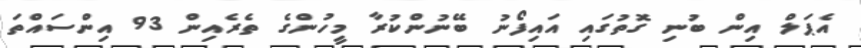
އެޕަލް އިން ބުނި ގޮތުގައި އައިފޯނު ބޭނުންކުރާ މީހުންގެ ތެރެއިން 93 އިންސައްތަ